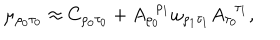
\mu _ { \rho _ { 0 } \tau _ { 0 } } \approx C _ { \rho _ { 0 } \tau _ { 0 } } + A _ { \rho _ { 0 } } ^ { \; \; \rho _ { 1 } } \omega _ { \rho _ { 1 } \tau _ { 1 } } A _ { \tau _ { 0 } } ^ { \; \; \tau _ { 1 } } ,